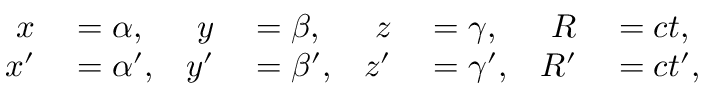
\begin{array} { r l r l r l r l } { x } & { { } = \alpha , } & { y } & { { } = \beta , } & { z } & { { } = \gamma , } & { R } & { { } = c t , } \\ { x ^ { \prime } } & { { } = \alpha ^ { \prime } , } & { y ^ { \prime } } & { { } = \beta ^ { \prime } , } & { z ^ { \prime } } & { { } = \gamma ^ { \prime } , } & { R ^ { \prime } } & { { } = c t ^ { \prime } , } \end{array}